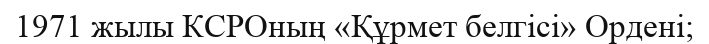
1971 жылы КСРОның «Құрмет белгісі» Ордені;